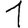
Digit: 1